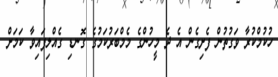
ހުކުމްކުރާ ވަގުތުން ފެށިގެން އެ ދެ މީހުންގެ މެމްބަރުކަމުގެ ގޮނޑި ގެއްލިފައިވާ ކަމަށް